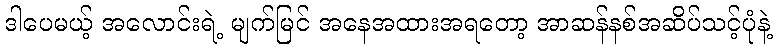
ဒါပေမယ့် အလောင်းရဲ့ မျက်မြင် အနေအထားအရတော့ အာဆန်နစ်အဆိပ်သင့်ပုံနဲ့